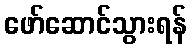
ဖော်ဆောင်သွားရန်